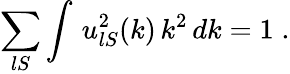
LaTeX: \sum_{lS}\int\, u_{lS}^{2}(k)\, k^{2}\, dk=1\; .